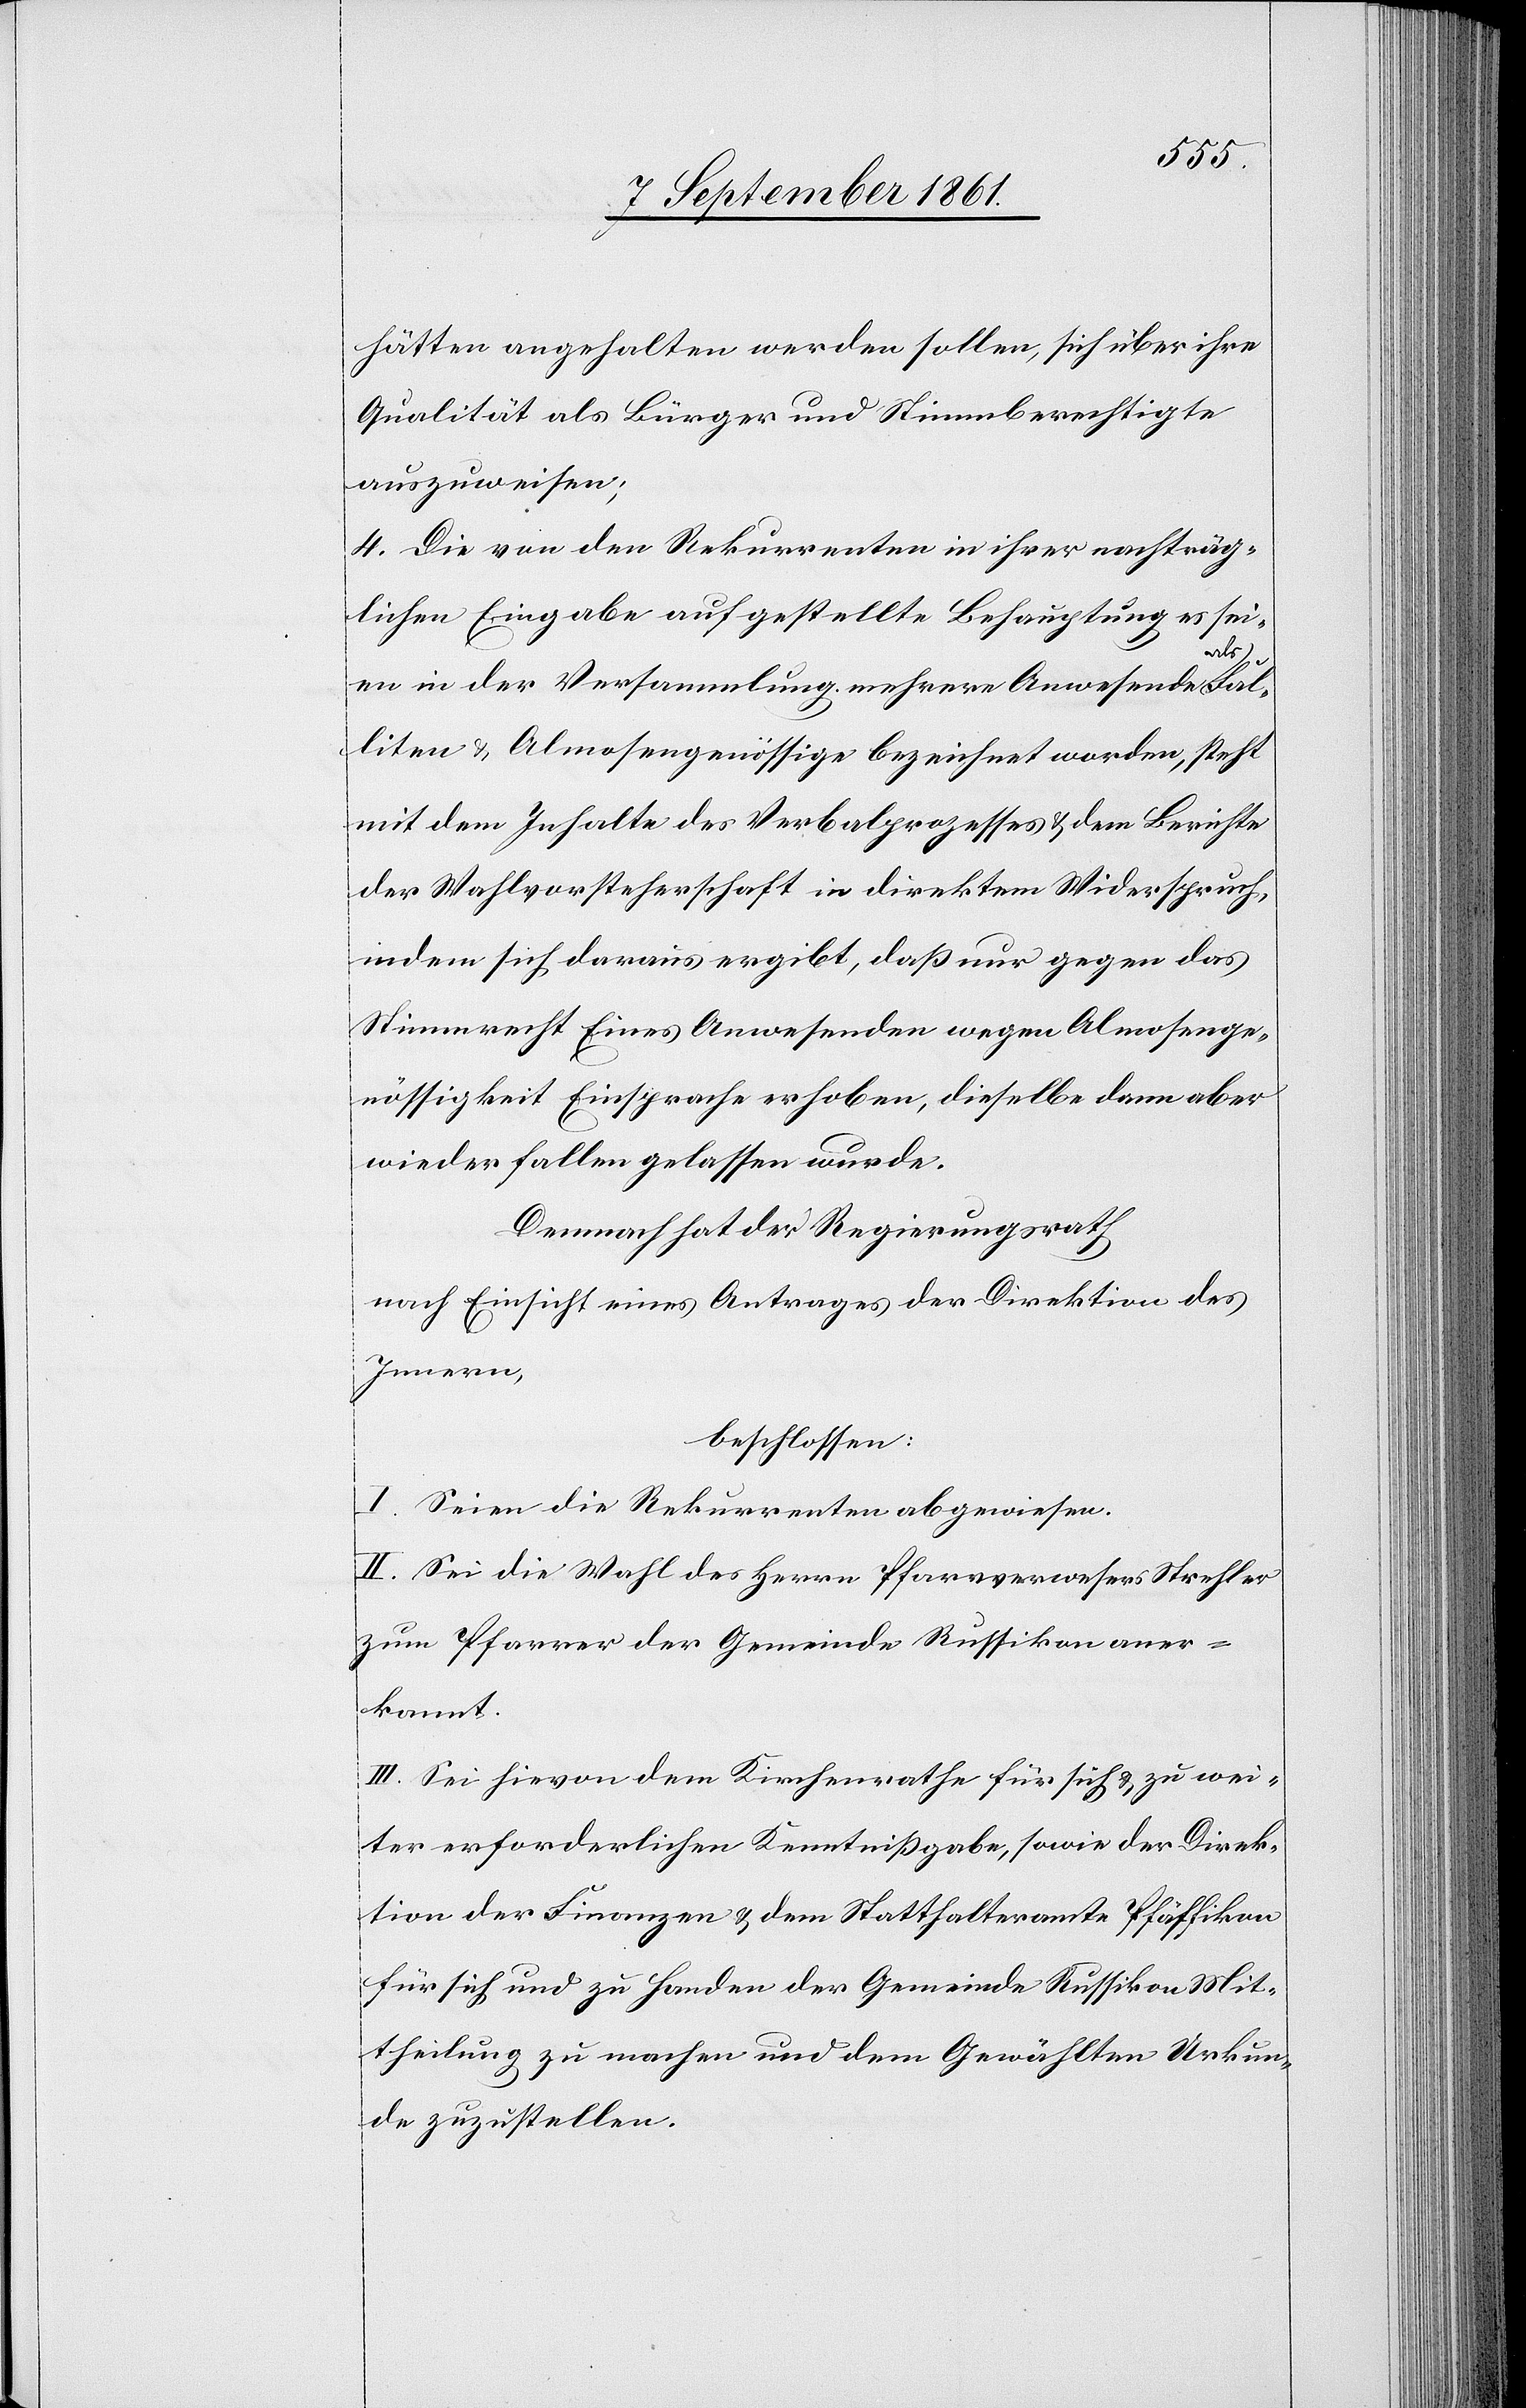
hätten angehalten werden sollen, sich über ihre
Qualität als Bürger und Stimmberechtigte
auszuweisen;
4. Die von den Rekurrenten in ihrer nachträg¬
lichen Eingabe aufgestellte Behauptung es sei¬
Fal¬
en in der Versammlung mehrere Anwesende als
liten u. Almosengenössige bezeichnet worden, steht
mit dem Inhalte des Verbalprozesses u. dem Berichte
der Wahlvorsteherschaft in direktem Widerspruch,
indem sich daraus ergibt, daß nur gegen das
Stimmrecht Eines Anwesenden wegen Almosenge¬
nössigkeit Einsprache erhoben, dieselbe dann aber
wieder fallen gelassen wurde.
Demnach hat der Regierungsrath
nach Einsicht eines Antrages der Direktion des
Innern,
beschlossen:
I. Seien die Rekurrenten abgewiesen.
II. Sei die Wahl des Herrn Pfarrverweser Strehler
zum Pfarrer der Gemeinde Russikon aner¬
kannt.
III. Sei hievon dem Kirchenrathe für sich u. zu wei¬
ter erforderlichen Kenntnißgabe, sowie der Direk¬
tion der Finanzen u. dem Statthalteramte Pfäffikon
für sich und zu Handen der Gemeinde Russikon Mit¬
theilung zu machen und dem Gewählten Urkun¬
de zuzustellen.